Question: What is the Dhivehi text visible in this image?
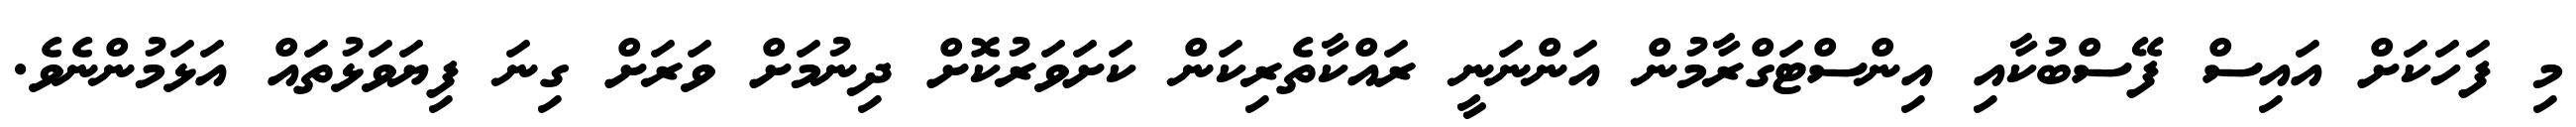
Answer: މި ފަހަކަށް އައިސް ފޭސްބުކާއި އިންސްޓަގްރާމުން އަންނަނީ ރައްކާތެރިކަން ކަށަވަރުކޮށް ދިނުމަށް ވަރަށް ގިނަ ފިޔަވަޅުތައް އަޅަމުންނެވެ.